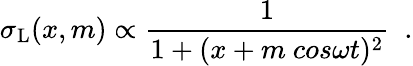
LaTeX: \sigma_{\mathrm{L}}(x,m)\propto\frac{1}{1+(x+m\ cos\omega t)^{2}}\ \; .